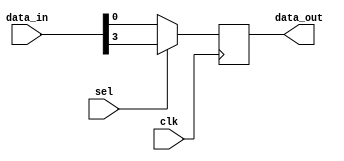
module Io_mux_demux(
    input wire clk,
    input wire [3:0] data_in,
    input wire sel,
    output reg data_out
);

always @(posedge clk)
begin
    if(sel == 1'b0)
        data_out <= data_in[0];
    else if(sel == 1'b1)
        data_out <= {data_in[1], data_in[2], data_in[3]};
end

endmodule